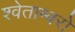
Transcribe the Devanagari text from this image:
श्वेताम्बरों